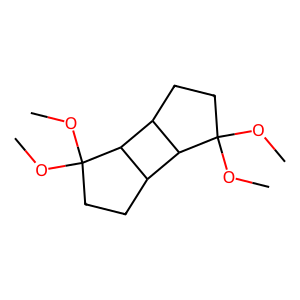
SMILES: COC1(OC)CCC2C1C1CCC(OC)(OC)C21
Inhibits HIV replication: No